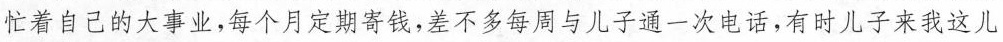
忙着自己的大事业，每个月定期寄钱，差不多每周与儿子通一次电话，有时儿子来我这儿